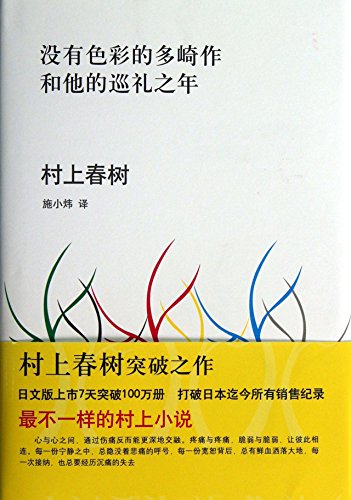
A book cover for The Dark Kawasaki and His Years of Pilgrimage (Chinese Edition); Cun Shang Chun Shu; Science Fiction & Fantasy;